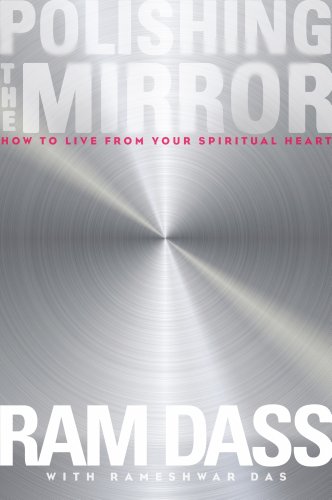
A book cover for Polishing the Mirror: How to Live from Your Spiritual Heart; Ram Dass; Religion & Spirituality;